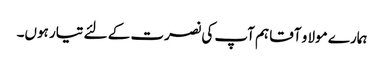
ہمارے مولا و آقا ہم آپ کی نصرت کے لئے تیار ہوں۔